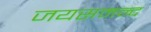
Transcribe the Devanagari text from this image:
जयसमन्‍द